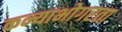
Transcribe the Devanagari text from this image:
कन्याभोगरता